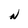
Character: N